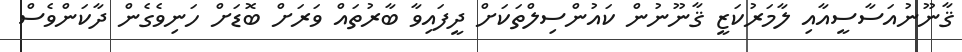
ޤާނޫނުއަސާސީއާއި ލާމަރުކަޒީ ޤާނޫނުން ކައުންސިލްތަކަށް ދީފައިވާ ބާރުތައް ވަރަށް ބޮޑަށް ހަނިވެގެން ދާކަންވެސް